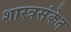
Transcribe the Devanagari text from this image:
शास्त्रसंकेत